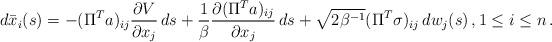
LaTeX: \begin{align*} d\bar{x}_i(s) = -(\Pi^Ta)_{ij} \frac{\partial V}{\partial x_j}\, ds + \frac{1}{\beta} \frac{\partial (\Pi^Ta)_{ij}}{\partial x_j}\, ds + \sqrt{2\beta^{-1}} (\Pi^T\sigma)_{ij}\, dw_j(s)\,, 1 \le i \le n\,. \end{align*}